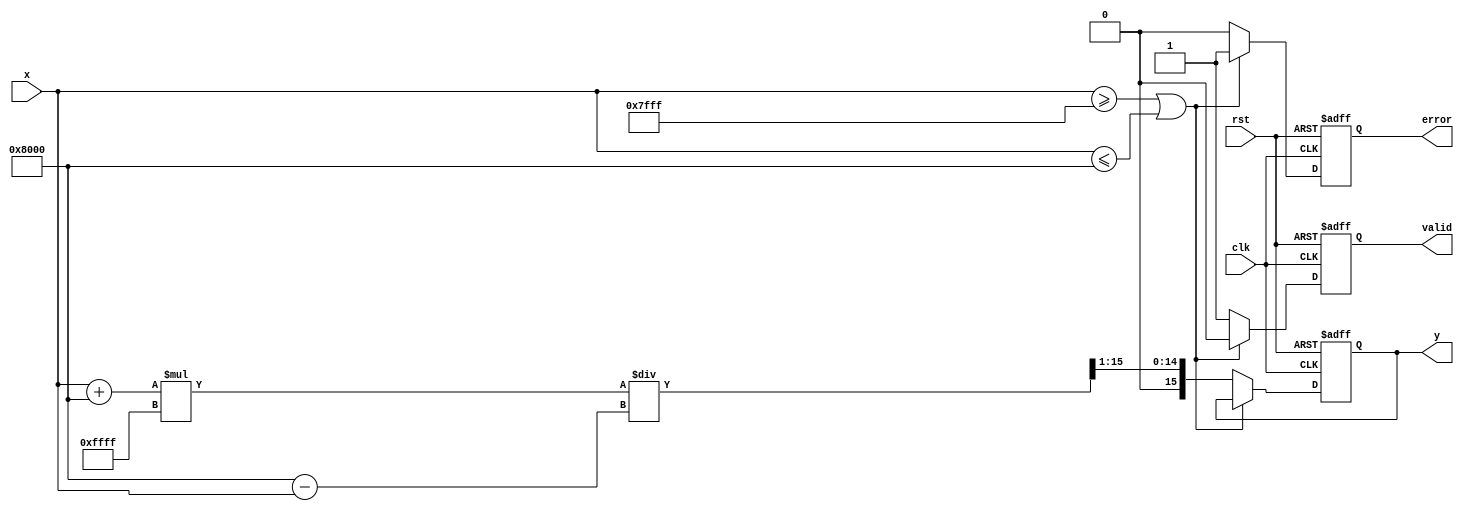
module atanh #(
    parameter N = 16, // Input width (number of bits)
    parameter M = 16   // Output width (number of bits)
)(
    input wire clk,
    input wire rst,
    input wire [N-1:0] x, // Input signal
    output reg [M-1:0] y, // Output signal
    output reg valid,      // Output valid signal
    output reg error       // Error signal for out-of-range inputs
);

    // Internal signals
    reg [N-1:0] x_plus_one;  // 1 + x
    reg [N-1:0] x_minus_one; // 1 - x
    reg [N-1:0] log_input;    // Input to logarithm
    reg [M-1:0] ln_result;    // Logarithm result
    
    // Simple logarithm approximation (for demonstration purposes)
    function [M-1:0] ln_approx;
        input [N-1:0] value;
        begin
            // Approximate ln using a simple model (this is a placeholder)
            // A proper implementation would utilize a LUT or CORDIC
            ln_approx = value; // This should be replaced with actual ln calculation
        end
    endfunction

    always @(posedge clk or posedge rst) begin
        if (rst) begin
            y <= 0;
            valid <= 0;
            error <= 0;
        end else begin
            // Input validation
            if (x >= {1'b0, {N-1{1'b1}}} || x <= {1'b1, {N-1{1'b0}}}) begin
                // Handle out-of-range input
                error <= 1;
                valid <= 0;
            end else begin
                error <= 0;

                // Compute: 1 + x and 1 - x
                x_plus_one = x + {1'b1, {N-1{1'b0}}}; // Add 1
                x_minus_one = {1'b1, {N-1{1'b0}}} - x; // Subtract x from 1

                // Compute the logarithm of (1+x)/(1-x)
                log_input = x_plus_one * {N{1'b1}} / x_minus_one; // Division
                ln_result = ln_approx(log_input); // Logarithm

                // Compute y = 1/2 * ln((1+x)/(1-x))
                y <= ln_result >> 1; // Shift right to divide by 2

                valid <= 1; // Indicate valid output
            end
        end
    end

endmodule